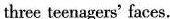
three teenagers' faces.